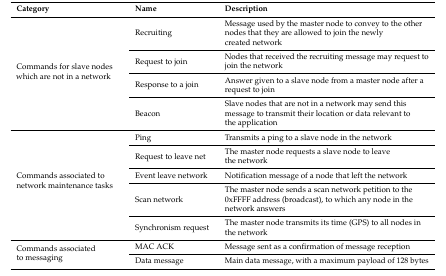
| Category | Name | Description |
 | --- | --- | --- |
 | <ROWSPAN=4> Commands for slave nodes which are not in a network | Recruiting | Message used by the master node to convey to the other nodes that they are allowed to join the newly created network |
 | Request to join | Nodes that received the recruiting message may request to join the network |
 | Response to a join | Answer given to a slave node from a master node after a request to join |
 | Beacon | Slave nodes that are not in a network may send this message to transmit their location or data relevant to the application |
 | <ROWSPAN=5> Commands associated to network maintenance tasks | Ping | Transmits a ping to a slave node in the network |
 | Request to leave net | The master node requests a slave node to leave the network |
 | Event leave network | Notification message of a node that left the network |
 | Scan network | The master node sends a scan network petition to the 0xFFFF address (broadcast), to which any node in the network answers |
 | Synchronism request | The master node transmits its time (GPS) to all nodes in the network |
 | <ROWSPAN=2> Commands associated to messaging | MAC ACK | Message sent as a confirmation of message reception |
 | Data message | Main data message, with a maximum payload of 128 bytes |